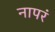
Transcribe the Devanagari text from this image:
नापरं